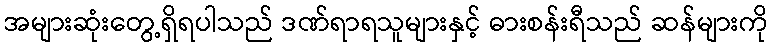
အများဆုံးတွေ့ရှိရပါသည် ဒဏ်ရာရသူများနှင့် ဓားစန်းရီသည် ဆန်များကို